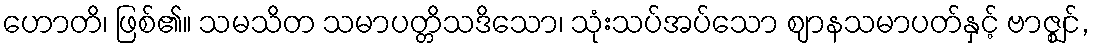
ဟောတိ၊ ဖြစ်၏။ သမသိတ သမာပတ္တိသဒိသော၊ သုံးသပ်အပ်သော ဈာနသမာပတ်နှင့် ဗာဇ္ဈင်,